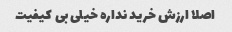
اصلا ارزش خرید نداره خیلی بی کیفیت